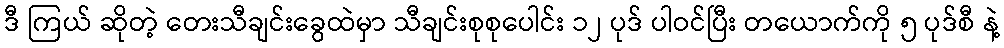
ဒီ ကြယ် ဆိုတဲ့ တေးသီချင်းခွေထဲမှာ သီချင်းစုစုပေါင်း ၁၂ ပုဒ် ပါဝင်ပြီး တယောက်ကို ၅ ပုဒ်စီ နဲ့